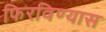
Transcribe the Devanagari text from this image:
फिरविण्यास